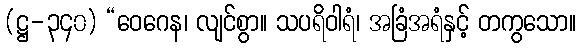
(ဋ္ဌ-၃၄၀) “ဝေဂေန၊ လျင်စွာ။ သပရိဝါရံ၊ အခြံအရံနှင့် တကွသော။